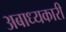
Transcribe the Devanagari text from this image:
अबाध्यकारी